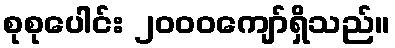
စုစုပေါင်း ၂၀၀၀ကျော်ရှိသည်။